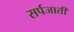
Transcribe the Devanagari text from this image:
सर्पजाती